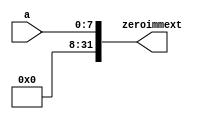
module zeroextend(
	input  [7:0] a,
	output  [31:0] zeroimmext);

	assign zeroimmext = {24'b0, a};
endmodule